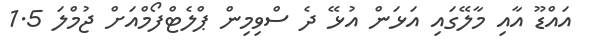
އައްޑޫ އާއި މާލޭގައި އަޅަން އުޅޭ ދެ ސްވިމިން ޕްލެޓްފޯމްއަށް ޖުމްލަ 1.5